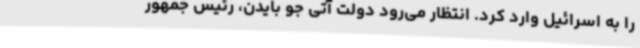
را به اسرائیل وارد کرد. انتظار می‌رود دولت آتی جو بایدن، رئیس جمهور